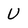
Character: U